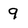
Character: 9